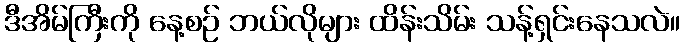
ဒီအိမ်ကြီးကို နေ့စဉ် ဘယ်လိုများ ထိန်းသိမ်း သန့်ရှင်းနေသလဲ။